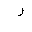
Letter: _ra